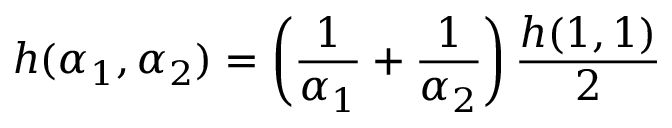
h ( \alpha _ { 1 } , \alpha _ { 2 } ) = \left( \frac { 1 } { \alpha _ { 1 } } + \frac { 1 } { \alpha _ { 2 } } \right) \frac { h ( 1 , 1 ) } { 2 }